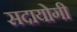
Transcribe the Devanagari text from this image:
सदायोगी